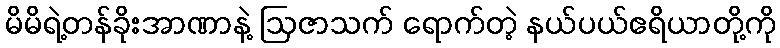
မိမိရဲ့တန်ခိုးအာဏာနဲ့ ဩဇာသက် ရောက်တဲ့ နယ်ပယ်ဧရိယာတို့ကို